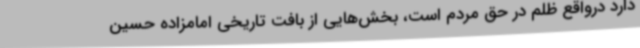
دارد درواقع ظلم در حق مردم است، بخش‌هایی از بافت تاریخی امامزاده حسین